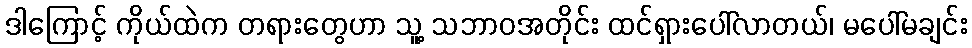
ဒါကြောင့် ကိုယ်ထဲက တရားတွေဟာ သူ့ သဘာဝအတိုင်း ထင်ရှားပေါ်လာတယ်၊ မပေါ်မချင်း